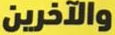
والآخرين